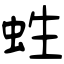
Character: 﨡